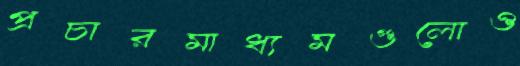
প্রচারমাধ্যমগুলোও